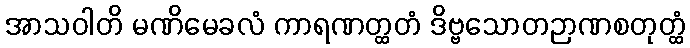
အာသဝါတိ မဏိမေခလံ ကာရဏတ္ထတံ ဒိဗ္ဗသောတဉာဏစတုတ္ထံ